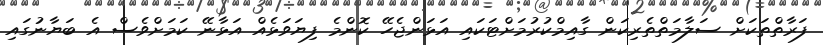
ފަރާތްތަކަށް ސަލާމަތްތެރިކަން ގާއިމްކުރުމަށްޓަކައި އަޅަންޖެހޭ ކޮންމެ ފިޔަވަޅެއް އަޅާނޭ ކަމަށްވެސް އެ ބަޔާނުގައި